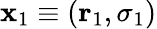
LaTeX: \mathbf{x}_{1}\equiv(\mathbf{r}_{1},\sigma_{1})